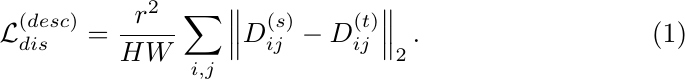
\begin{equation}
    \mathcal{L}_{dis}^{(desc)} = \frac{r^2}{HW}\sum_{i,j}\left\|D_{ij}^{(s)} - D_{ij}^{(t)}\right\|_2. \label{eq:desc}
\end{equation}